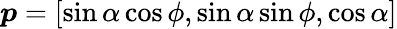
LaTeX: \boldsymbol{p}=[\sin\alpha\cos\phi,\sin\alpha\sin\phi,\cos\alpha]